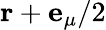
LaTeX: \mathbf{r}+\mathbf{e}_{\mu}/2